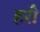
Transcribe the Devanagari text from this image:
हरौ